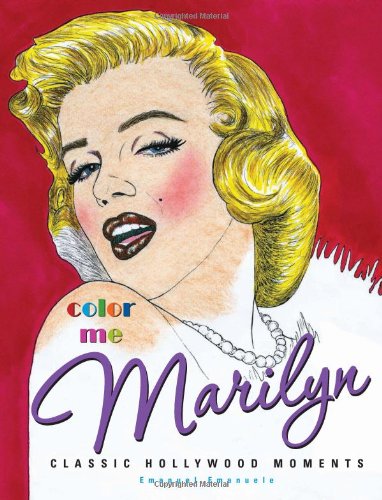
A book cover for Color Me Marilyn: Classic Hollywood Moments; Humor & Entertainment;